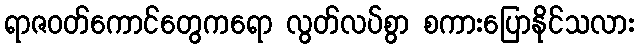
ရာဇဝတ်ကောင်တွေကရော လွတ်လပ်စွာ စကားပြောနိုင်သလား